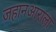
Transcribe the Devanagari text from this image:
जहानआराला